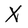
Character: X